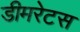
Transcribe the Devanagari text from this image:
डीमरेटस